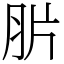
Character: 䏒